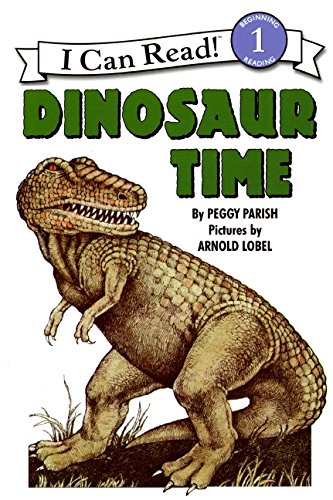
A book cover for Dinosaur Time (I Can Read Level 1); Peggy Parish; Children's Books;